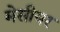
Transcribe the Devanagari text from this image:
मेसीयर